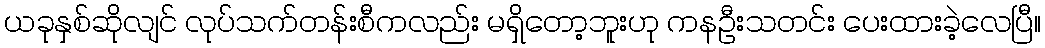
ယခုနှစ်ဆိုလျင် လုပ်သက်တန်းစီကလည်း မရှိတော့ဘူးဟု ကနဦးသတင်း ပေးထားခဲ့လေပြီ။